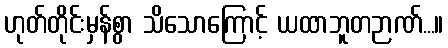
ဟုတ်တိုင်းမှန်စွာ သိသောကြောင့် ယထာဘူတဉာဏ်...။